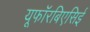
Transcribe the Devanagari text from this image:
यूफॉरबिएसिई